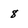
Character: 8